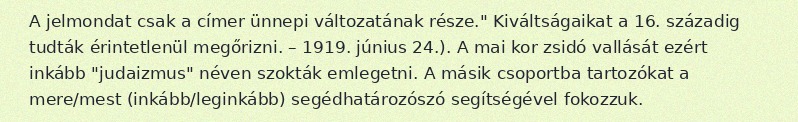
A jelmondat csak a címer ünnepi változatának része." Kiváltságaikat a 16. századig tudták érintetlenül megőrizni. – 1919. június 24.). A mai kor zsidó vallását ezért inkább "judaizmus" néven szokták emlegetni. A másik csoportba tartozókat a mere/mest (inkább/leginkább) segédhatározószó segítségével fokozzuk.